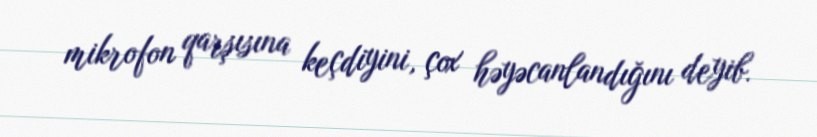
mikrofon qarşısına keçdiyini, çox həyəcanlandığını deyib.